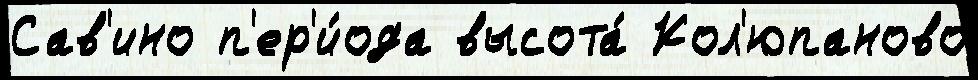
Сав'ино п'ер'и́ода высота́ Кол'юпаново